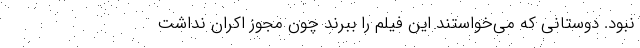
نبود. دوستانی که می‌خواستند این فیلم را ببرند چون مجوز اکران نداشت